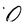
Character: O